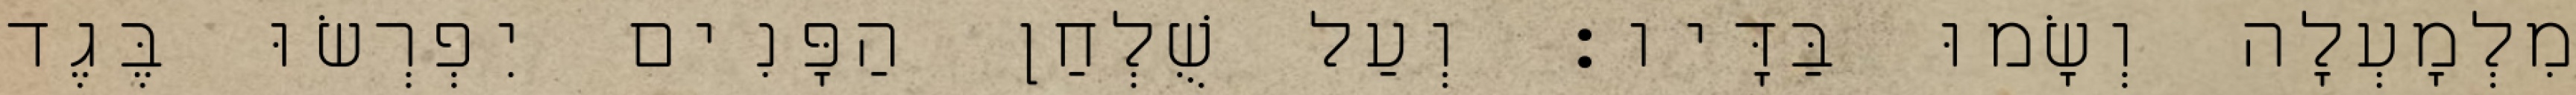
מִלְמָעְלָה וְשָׂמוּ בַּדָּיו׃ וְעַל שֻׁלְחַן הַפָּנִים יִפְרְשׂוּ בֶּגֶד